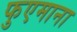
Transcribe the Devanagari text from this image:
फुएमाना